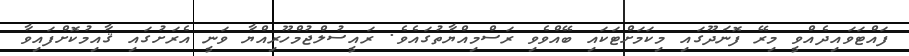
ފައްޓަވައިދެއްވީ މިރޭ ފޮނަދޫގައި މިކަމަށްޓަކައި ބޭއްވެވި ރަސްމިއްޔާތުގައެވެ. ރައީސުލްޖުމްހޫރިއްޔާ ވަނީ އެރަށުގައި ޤާއިމުކޮށްފައިވާ